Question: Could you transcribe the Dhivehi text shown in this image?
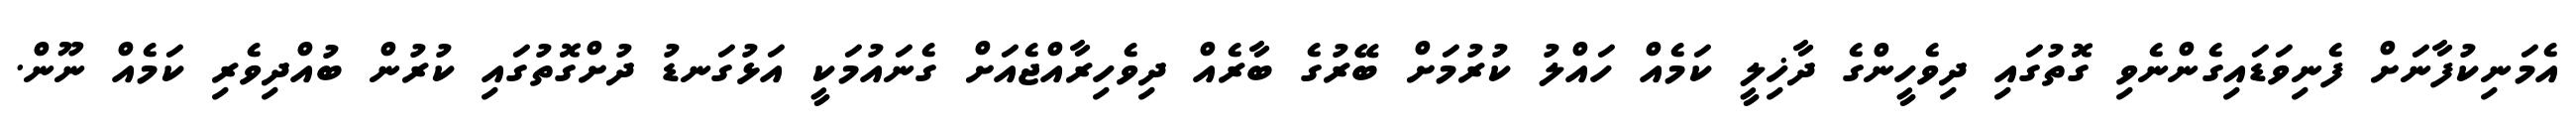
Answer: އެމަނިކުފާނަށް ފެނިވަޑައިގެންނެވި ގޮތުގައި ދިވެހީންގެ ދާޚިލީ ކަމެއް ހައްލު ކުރުމަށް ބޭރުގެ ބާރެއް ދިވެހިރާއްޖެއަށް ގެނައުމަކީ އަޅުގަނޑު ދުށްގޮތުގައި ކުރުން ބުއްދިވެރި ކަމެއް ނޫން.